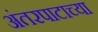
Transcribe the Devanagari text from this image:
अंतरपाटाच्या